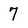
Character: 7